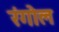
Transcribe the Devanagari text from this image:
रंगोल